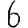
Digit: 6